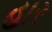
હાર